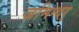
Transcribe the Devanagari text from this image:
जमिन्दर्